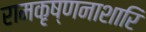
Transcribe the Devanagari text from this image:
रामकृष्णनाशारि